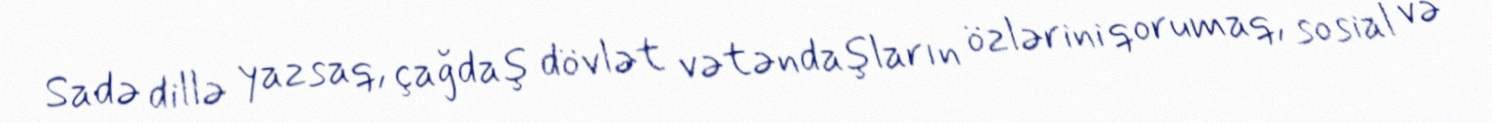
Sadə dillə yazsaq, çağdaş dövlət vətəndaşların özlərini qorumaq, sosial və